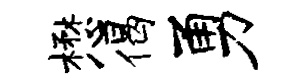
懋偈勇